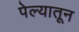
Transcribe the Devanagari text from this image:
पेल्यातून